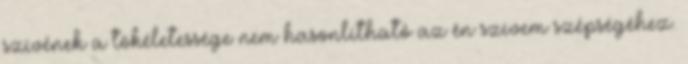
szívének a tökéletessége nem hasonlítható az én szívem szépségéhez.